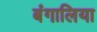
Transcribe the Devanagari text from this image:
बंगालिया